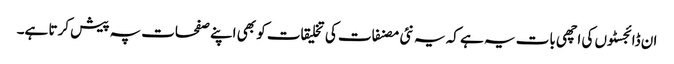
ان ڈائجسٹوں کی اچھی بات یہ ہے کہ یہ نئی مصنفات کی تخلیقات کو بھی اپنے صفحات پہ پیش کرتا ہے۔